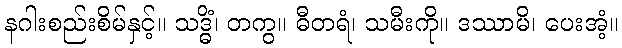
နဂါးစည်းစိမ်နှင့်။ သဒ္ဓိံ၊ တကွ။ ဓီတရံ၊ သမီးကို။ ဒဿာမိ၊ ပေးအံ့။